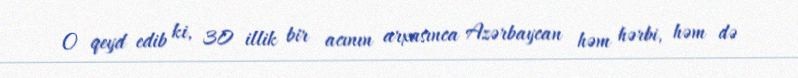
O qeyd edib ki, 30 illik bir acının arxasınca Azərbaycan həm hərbi, həm də